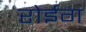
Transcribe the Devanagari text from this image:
रोईग